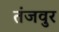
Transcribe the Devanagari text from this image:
तंजवुर